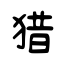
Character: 猎